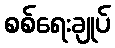
စစ်ရေးချုပ်